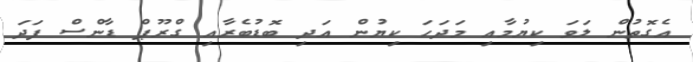
އެގޮތުން ލަވަ ކިޔުމާއި މަދަހަ ކިޔުން އަދި ބޮޑުބެރާއި ގްރޫޕް ޑާންސް ފަދަ